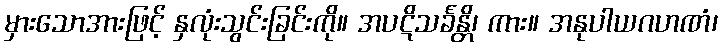
မှားသောအားဖြင့် နှလုံးသွင်းခြင်းကို။ အပဋိသင်္ခန္တိ၊ ကား။ အနုပါယဂဟဏံ၊